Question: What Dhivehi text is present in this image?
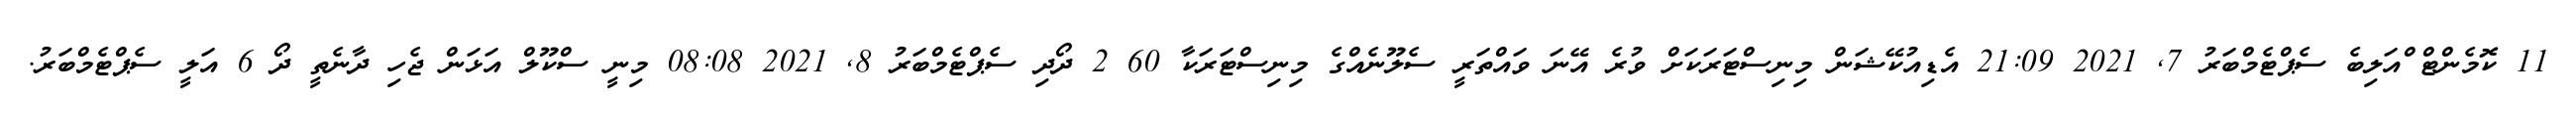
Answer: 11 ކޮމެންޓް ްއަލިބެ ސެޕްޓެމްބަރު 7, 2021 21:09 އެޑިއުކޭޝަން މިނިސްޓަރަކަށް ވުރެ އޭނަ ވައްތަރީ ސެލޫނެއްގެ މިނިސްޓަރަކާ 60 2 ދޯދި ސެޕްޓެމްބަރު 8, 2021 08:08 މިނީ ސްކޫލް އަޅަން ޖެހި ދާނެތީ ދޯ 6 އަލީ ސެޕްޓެމްބަރު.